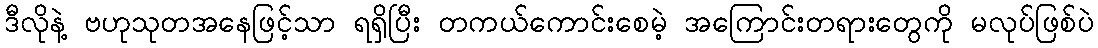
ဒီလိုနဲ့ ဗဟုသုတအနေဖြင့်သာ ရရှိပြီး တကယ်ကောင်းစေမဲ့ အကြောင်းတရားတွေကို မလုပ်ဖြစ်ပဲ